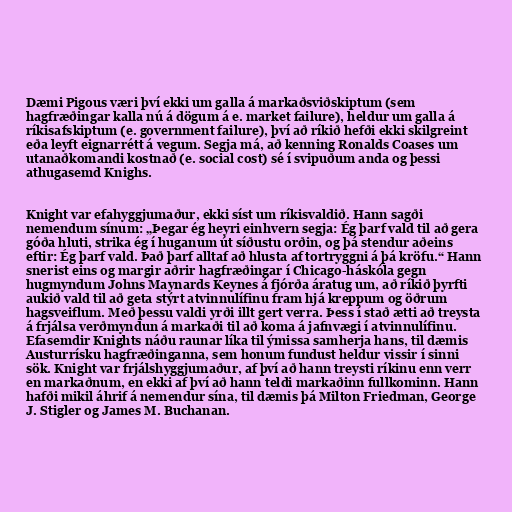
Dæmi Pigous væri því ekki um galla á markaðsviðskiptum (sem
hagfræðingar kalla nú á dögum á e. market failure), heldur um galla á
ríkisafskiptum (e. government failure), því að ríkið hefði ekki skilgreint
eða leyft eignarrétt á vegum. Segja má, að kenning Ronalds Coases um
utanaðkomandi kostnað (e. social cost) sé í svipuðum anda og þessi
athugasemd Knighs.

Knight var efahyggjumaður, ekki síst um ríkisvaldið. Hann sagði
nemendum sínum: „Þegar ég heyri einhvern segja: Ég þarf vald til að gera
góða hluti, strika ég í huganum út síðustu orðin, og þá stendur aðeins
eftir: Ég þarf vald. Það þarf alltaf að hlusta af tortryggni á þá kröfu.“ Hann
snerist eins og margir aðrir hagfræðingar í Chicago-háskóla gegn
hugmyndum Johns Maynards Keynes á fjórða áratug um, að ríkið þyrfti
aukið vald til að geta stýrt atvinnulífinu fram hjá kreppum og öðrum
hagsveiflum. Með þessu valdi yrði illt gert verra. Þess í stað ætti að treysta
á frjálsa verðmyndun á markaði til að koma á jafnvægi í atvinnulífinu.
Efasemdir Knights náðu raunar líka til ýmissa samherja hans, til dæmis
Austurrísku hagfræðinganna, sem honum fundust heldur vissir í sinni
sök. Knight var frjálshyggjumaður, af því að hann treysti ríkinu enn verr
en markaðnum, en ekki af því að hann teldi markaðinn fullkominn. Hann
hafði mikil áhrif á nemendur sína, til dæmis þá Milton Friedman, George
J. Stigler og James M. Buchanan.